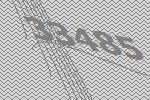
33485